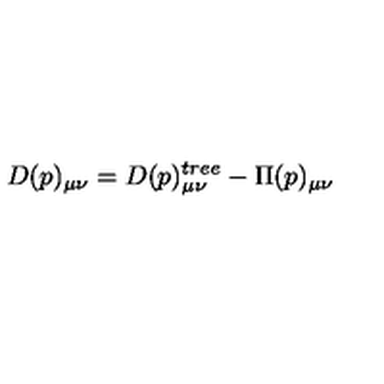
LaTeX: D ( p ) _ { \mu \nu } = D ( p ) _ { \mu \nu } ^ { t r e e } - \Pi ( p ) _ { \mu \nu }